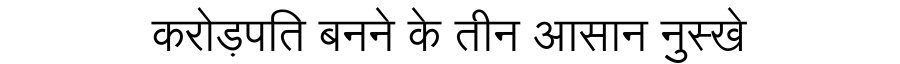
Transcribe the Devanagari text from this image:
करोड़पति बनने के तीन आसान नुस्खे